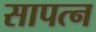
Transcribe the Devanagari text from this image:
सापत्‍न